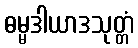
ဓမ္မဒါယာဒသုတ္တံ